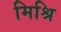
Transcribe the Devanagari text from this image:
मिश्रि